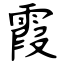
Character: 霞